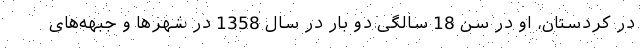
در کردستان، او در سن 18 سالگی دو بار در سال 1358 در شهرها و جبهه‌های